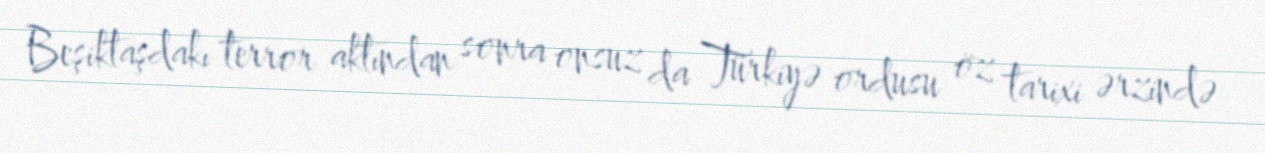
Beşiktaşdakı terror aktından sonra onsuz da Türkiyə ordusu öz tarixi ərzində